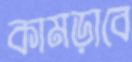
কামড়াবে